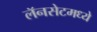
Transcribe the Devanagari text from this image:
लॅनसेटमध्ये